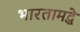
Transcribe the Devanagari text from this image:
भारतामद्धे